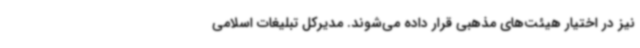
نیز در اختیار هیئت‌های مذهبی قرار داده می‌شوند. مدیرکل تبلیغات اسلامی